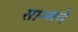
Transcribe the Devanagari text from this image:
साम्मने